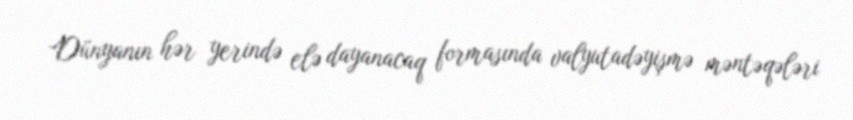
Dünyanın hər yerində elə dayanacaq formasında valyutadəyişmə məntəqələri